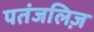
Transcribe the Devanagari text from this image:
पतंजलिज़